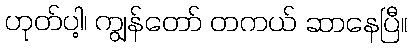
ဟုတ်ပါ့၊ ကျွန်တော် တကယ် ဆာနေပြီ။